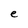
Character: e